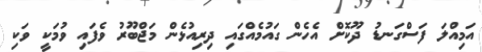
އަމިއްލަ ފަސްގަނޑު ދޫކޮށް އެހެން ގައުމެއްގައި ދިރިއުޅެން މަޖްބޫރު ވެފައި ވުމަކީ ވަކި